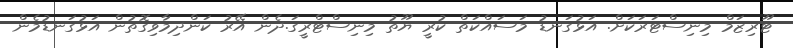
ޓޫރިޒަމް މިނިސްޓަރަކަށް. އަޅުގަނޑު މަސައްކަތް ކުރީ ޔޫތު މިނިސްޓްރީގަ.ދެން އޭރު ކަންދިމާވިގޮތުން އަޅުގަނޑުމެން